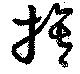
膂